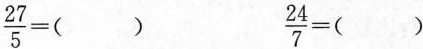
$$\frac{2 7}{5} = ( )$$$$\frac{2 4}{7} = ( )$$